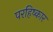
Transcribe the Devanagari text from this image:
परहिष्कार